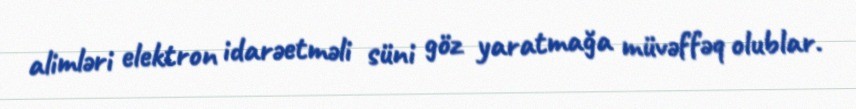
alimləri elektron idarəetməli süni göz yaratmağa müvəffəq olublar.